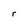
Character: r